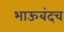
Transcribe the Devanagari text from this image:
भाऊबंदच